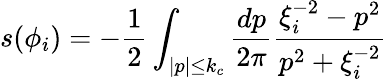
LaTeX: s(\phi_{i})=-\frac{1}{2}\int_{|p|\le k_{c}}\frac{dp}{2\pi}\frac{\xi_{i}^{-2}-p^{2}}{p^{2}+\xi_{i}^{-2}}